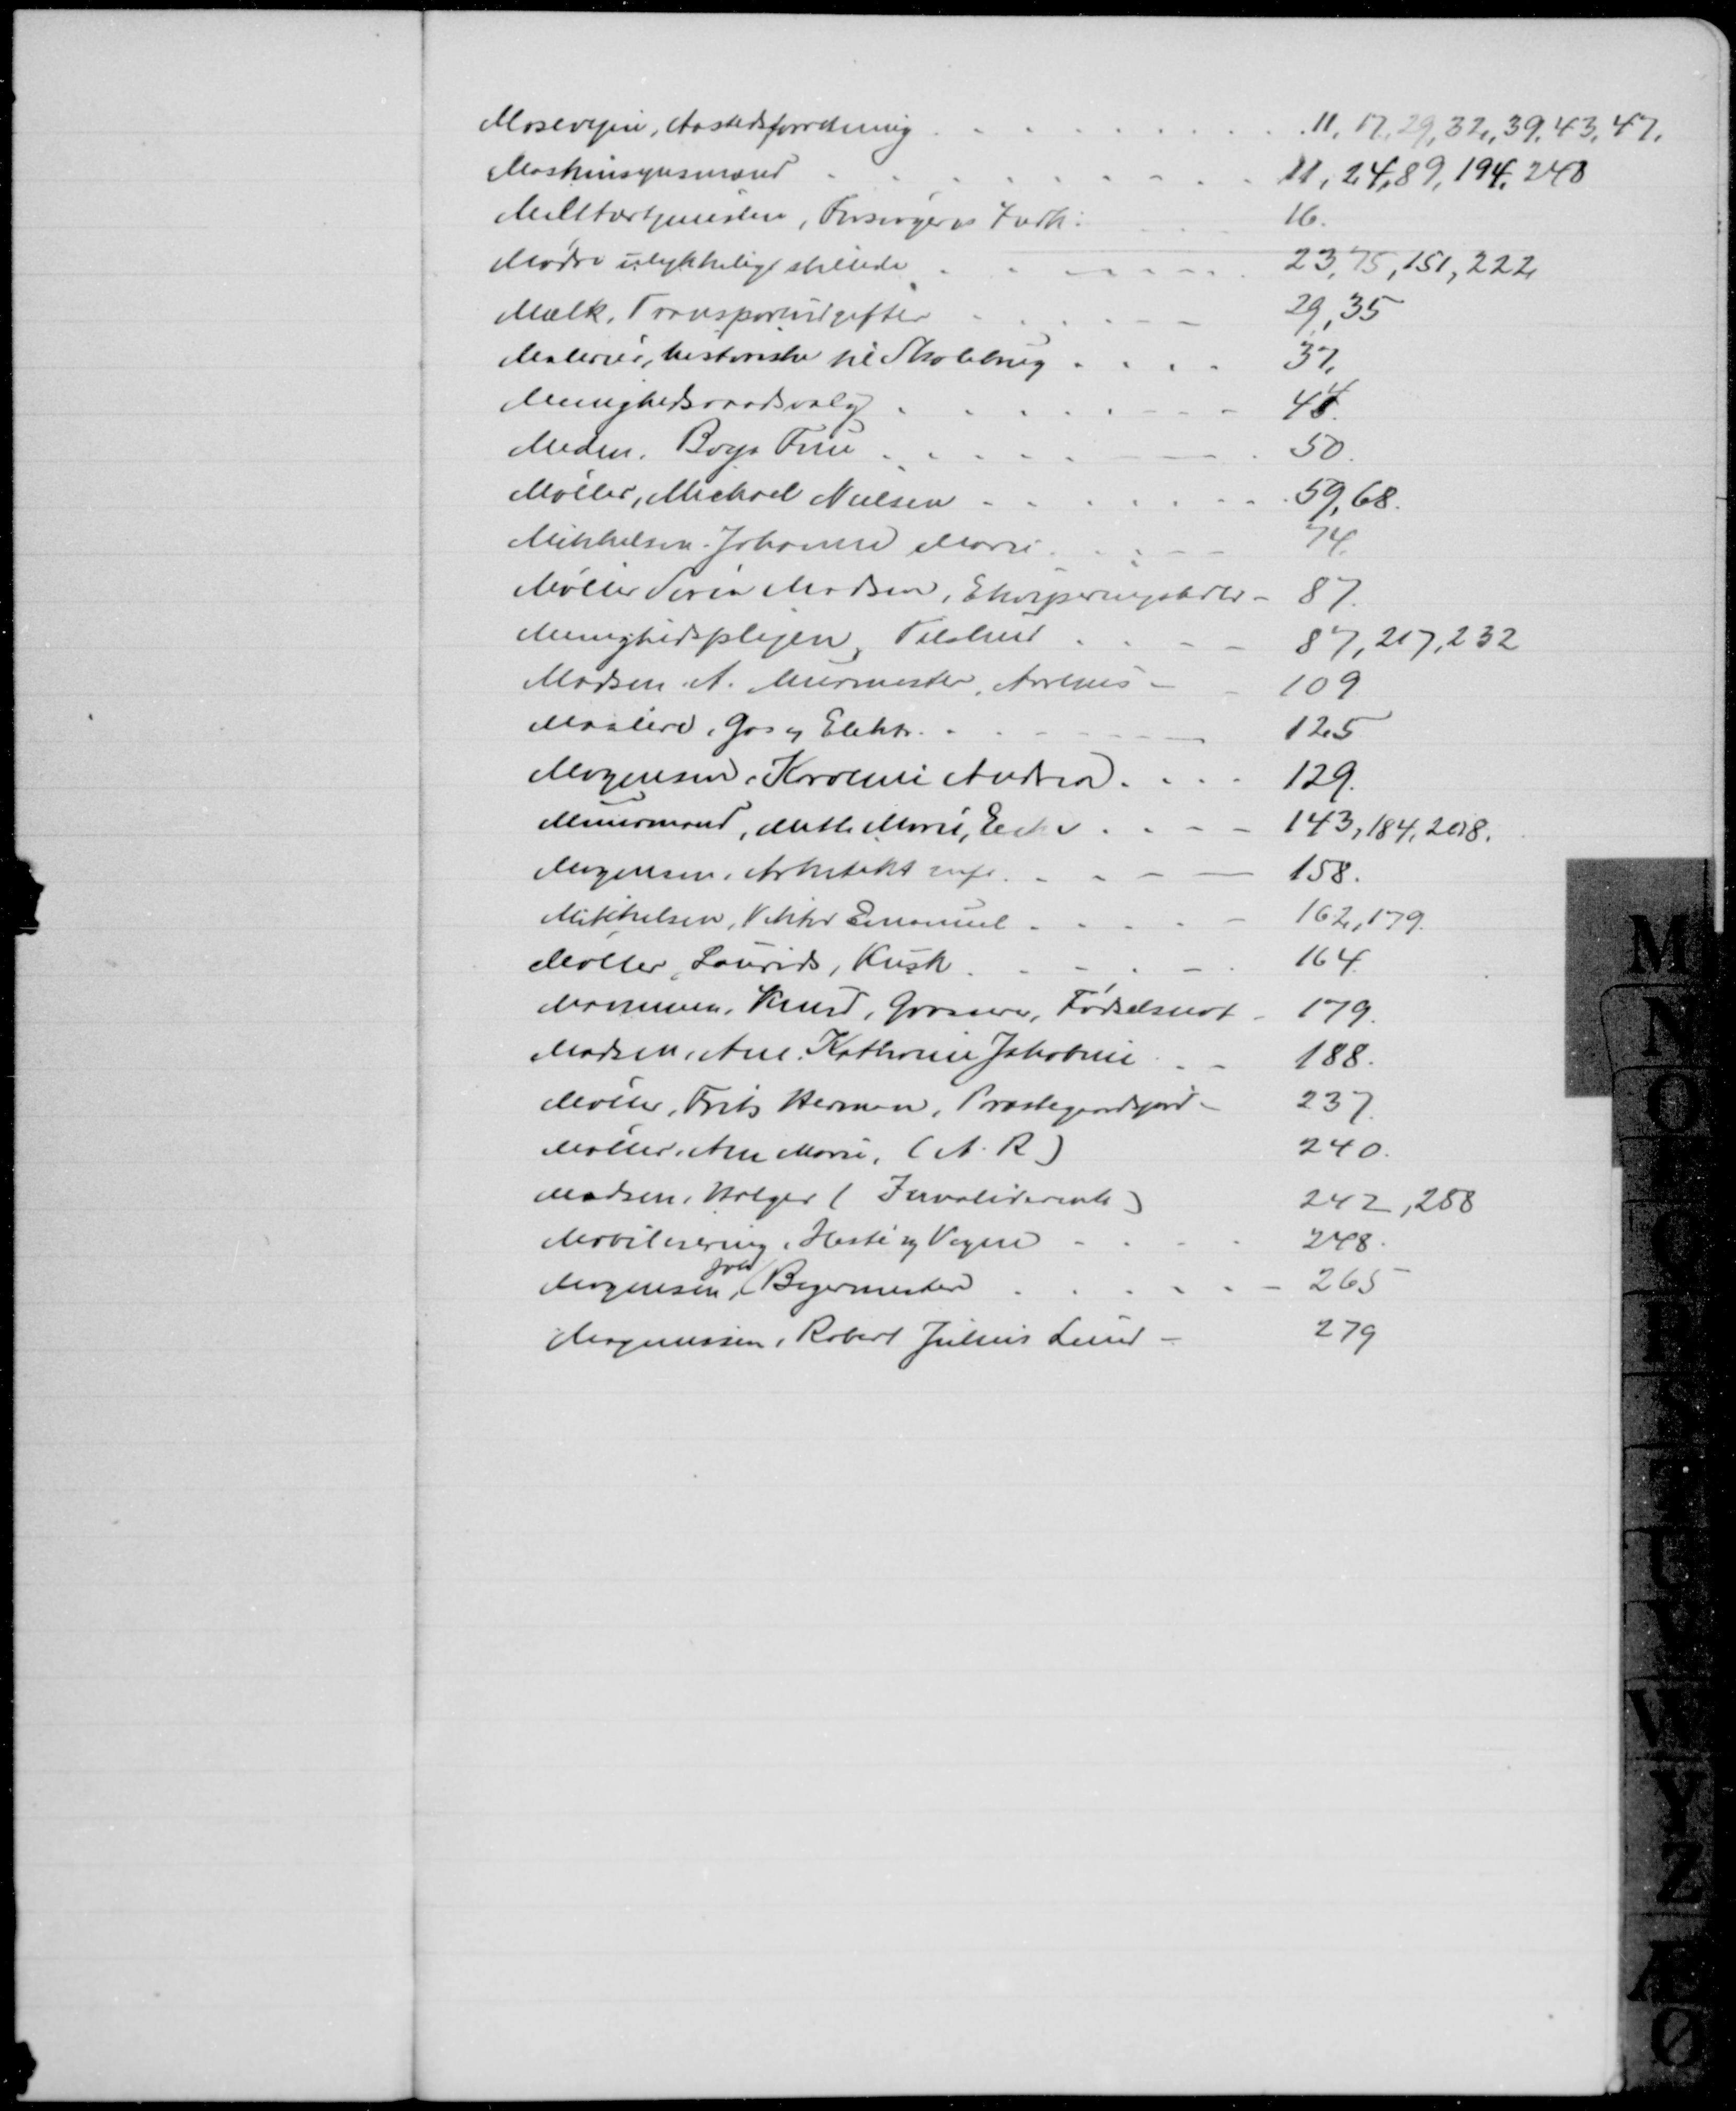
Transskription:
Mosevejen, Aastedsforretning
11, 17, 29, 32, 39, 43, 47.
Maskinsynsmand
11, 24,89, 194, 248
Militærtjenesten, Forsørgers Forh.
16.
Mødre ulykkeligt stillede
23, 75, 151, 222
Mælk, Transportudgifter
29, 35
Malerier, historiske til Skolebrug
37
Menighedsraadsvalg
44
Meden, Boya Frue
50
Møller, Michael Nielsen
59, 68
Mikkelsen Johanne Marie
74
Møller Søren Madsen, Ekviperingshdlr.
87
Menighedsplejen, Tilskud
87, 217, 232
Madsen A. Murmester, Aarhus
109
Maalere, Gas og Elektr.
125
Mogensen, Karoline Andrea
129.
Muurmand, Mette Marie, Enke
143, 184, 208
Mogensen, Arkitekt mfl
158
Mikkelsen, Viktor Emanuel
162,179
Møller, Laurids, Kusk.
164
Mammen, Knud, Grosserer, Fødselsnot
179
Madsen, Ane Kathrine Jakobine
188
Møller, Frits Herman, Præstegaardsjord
237
Møller, Ane Marie, (A. R)
240.
Madsen, Holger (Invaliderente)
247, 288
Mobilesering, Heste og Vogne
248
Mogensen 
Johs
Bagermester
265
Magnussen, Robert Julius Lund
279